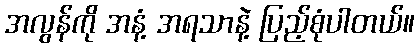
အလွန်ကို အနံ့ အရသာနဲ့ ပြည့်စုံပါတယ်။